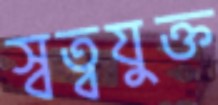
স্বত্বযুক্ত